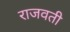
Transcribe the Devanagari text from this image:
राजवती